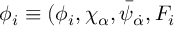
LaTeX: \phi _ { i } \equiv ( \phi _ { i } , \chi _ { \alpha } , \bar { \psi } _ { \dot { \alpha } } , F _ { i }